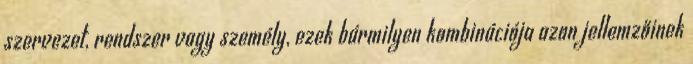
szervezet, rendszer vagy személy, ezek bármilyen kombinációja azon jellemzőinek